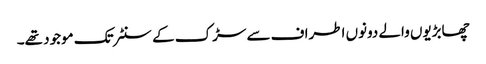
چھابڑیوں والے دونوں اطراف سے سڑک کے سنٹر تک موجود تھے۔